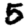
Digit: 5